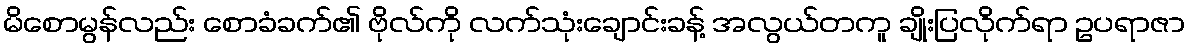
မိစောမွန်လည်း စောခံခက်၏ ဗိုလ်ကို လက်သုံးချောင်းခန့် အလွယ်တကူ ချိုးပြလိုက်ရာ ဥပရာဇာ